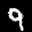
Label: 9